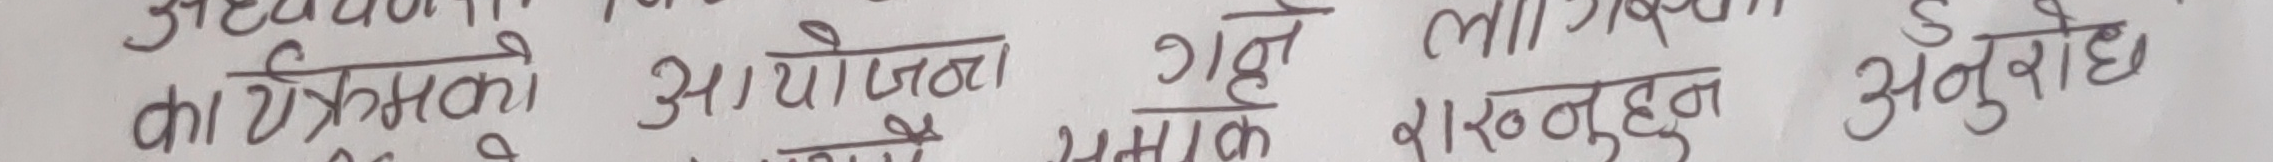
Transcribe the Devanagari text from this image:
कार्यक्रमको आयोजना गर्ने लागिरहनुहुने अनुवादे